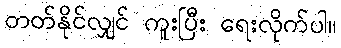
တတ်နိုင်လျှင် ကူးပြီး ရေးလိုက်ပါ။